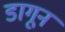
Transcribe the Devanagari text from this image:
डागून